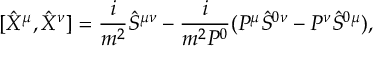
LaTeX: [ \hat { X } ^ { \mu } , \hat { X } ^ { \nu } ] = \frac { i } { m ^ { 2 } } \hat { S } ^ { \mu \nu } - \frac { i } { m ^ { 2 } P ^ { 0 } } ( P ^ { \mu } \hat { S } ^ { 0 \nu } - P ^ { \nu } \hat { S } ^ { 0 \mu } ) ,